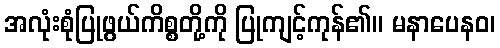
အလုံးစုံပြုဖွယ်ကိစ္စတို့ကို ပြုကျင့်ကုန်၏။ မနာပေနဝ၊